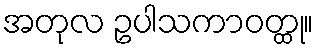
အတုလ ဥပါသကာဝတ္ထု။